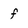
Character: f